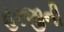
હરજીની